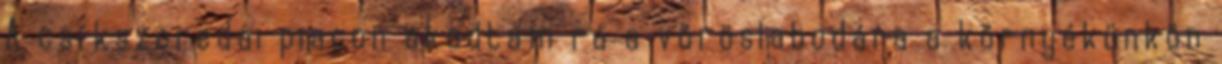
A csíkszeredai piacon akadtam rá a vöröslabodára a környékünkön